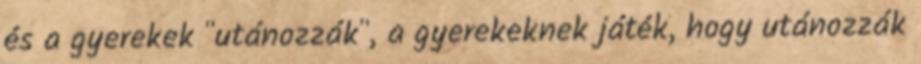
és a gyerekek "utánozzák", a gyerekeknek játék, hogy utánozzák